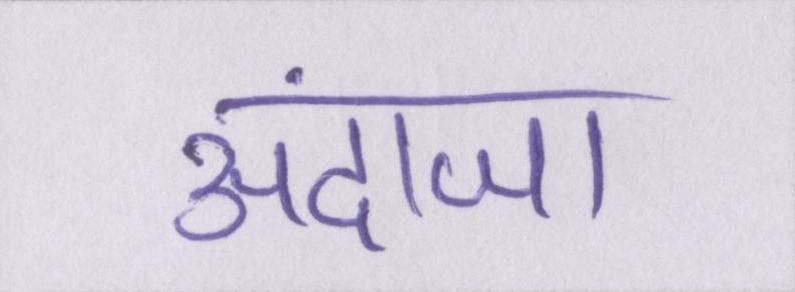
अंदाजा